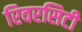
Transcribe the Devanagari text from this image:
रिवरसिटी